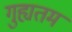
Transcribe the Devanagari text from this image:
गुह्यतम